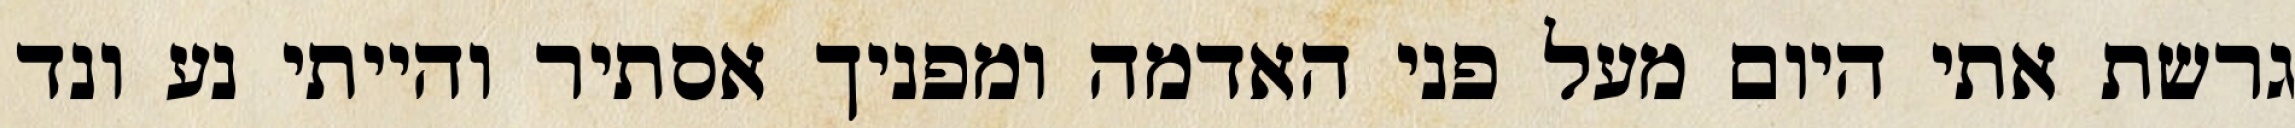
גרשת אתי היום מעל פני האדמה ומפניך אסתיר והייתי נע ונד